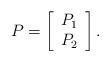
LaTeX: \begin{align*}P=\left[\begin{array}{c}P_1 \\ P_2\end{array}\right].\end{align*}